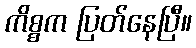
ကိစ္စက ပြတ်နေပြီ။